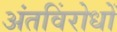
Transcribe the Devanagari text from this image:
अंतविंरोधों